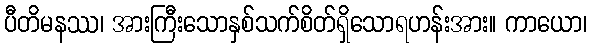
ပီတိမနဿ၊ အားကြီးသောနှစ်သက်စိတ်ရှိသောရဟန်းအား။ ကာယော၊